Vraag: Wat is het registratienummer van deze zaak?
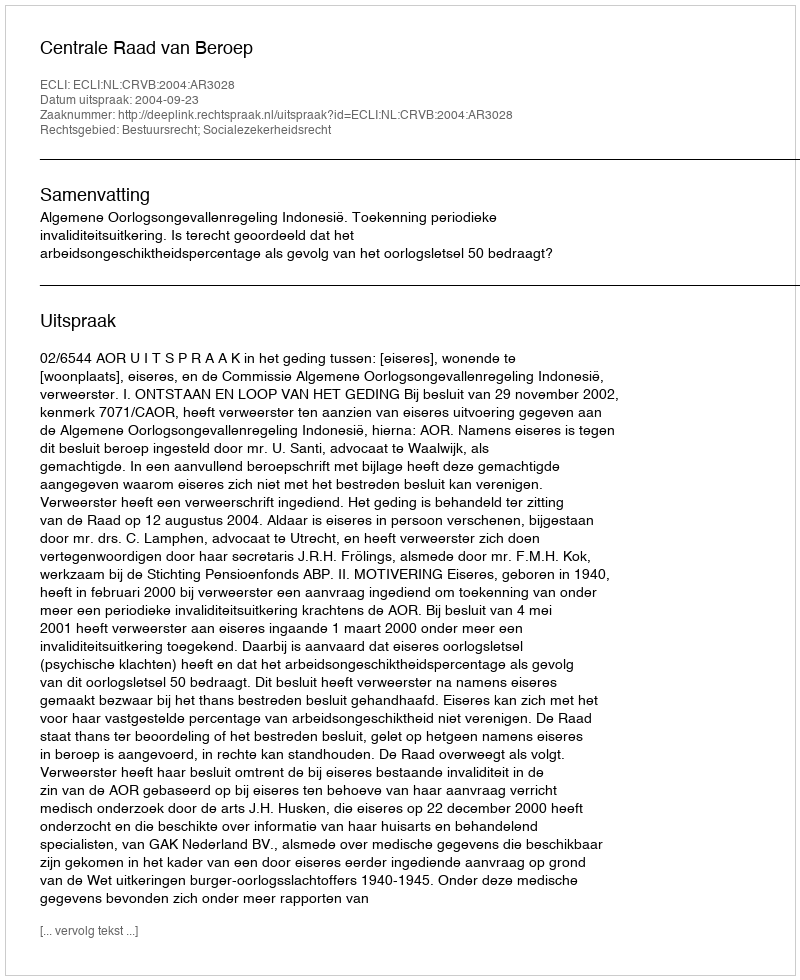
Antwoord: http://deeplink.rechtspraak.nl/uitspraak?id=ECLI:NL:CRVB:2004:AR3028